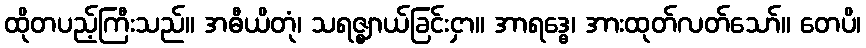
ထိုတပည့်ကြီးသည်။ အဓီယိတုံ၊ သရဇ္ဈာယ်ခြင်းငှာ။ အာရဒ္ဓေ၊ အားထုတ်လတ်သော်။ တေပိ၊